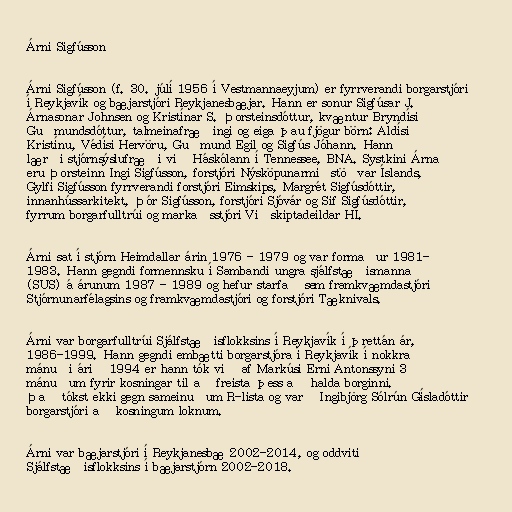
Árni Sigfússon

Árni Sigfússon (f. 30. júlí 1956 í Vestmannaeyjum) er fyrrverandi borgarstjóri
í Reykjavík og bæjarstjóri Reykjanesbæjar. Hann er sonur Sigfúsar J.
Árnasonar Johnsen og Kristínar S. Þorsteinsdóttur, kvæntur Bryndísi
Guðmundsdóttur, talmeinafræðingi og eiga þau fjögur börn: Aldísi
Kristínu, Védísi Hervöru, Guðmund Egil og Sigfús Jóhann. Hann
lærði stjórnsýslufræði við Háskólann í Tennessee, BNA. Systkini Árna
eru Þorsteinn Ingi Sigfússon, forstjóri Nýsköpunarmiðstöðvar Íslands,
Gylfi Sigfússon fyrrverandi forstjóri Eimskips, Margrét Sigfúsdóttir,
innanhússarkitekt, Þór Sigfússon, forstjóri Sjóvár og Sif Sigfúsdóttir,
fyrrum borgarfulltrúi og markaðsstjóri Viðskiptadeildar HÍ.

Árni sat í stjórn Heimdallar árin 1976 - 1979 og var formaður 1981-
1983. Hann gegndi formennsku í Sambandi ungra sjálfstæðismanna
(SUS) á árunum 1987 - 1989 og hefur starfað sem framkvæmdastjóri
Stjórnunarfélagsins og framkvæmdastjóri og forstjóri Tæknivals.

Árni var borgarfulltrúi Sjálfstæðisflokksins í Reykjavík í þrettán ár,
1986-1999. Hann gegndi embætti borgarstjóra í Reykjavík í nokkra
mánuði árið 1994 er hann tók við af Markúsi Erni Antonssyni 3
mánuðum fyrir kosningar til að freista þess að halda borginni.
Það tókst ekki gegn sameinuðum R-lista og varð Ingibjörg Sólrún Gísladóttir
borgarstjóri að kosningum loknum.

Árni var bæjarstjóri í Reykjanesbæ 2002-2014, og oddviti
Sjálfstæðisflokksins í bæjarstjórn 2002-2018.